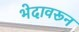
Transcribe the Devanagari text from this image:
भेदावरून